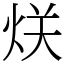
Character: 烪